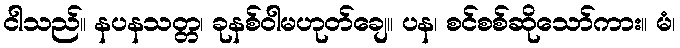
ငါသည်။ နပနသတ္တ၊ ခုနစ်ဝါမဟုတ်ချေ။ ပန၊ စင်စစ်ဆိုသော်ကား။ မံ၊